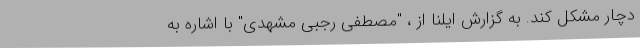
دچار مشکل کند. به گزارش ایلنا از ، "مصطفی رجبی مشهدی" با اشاره به